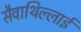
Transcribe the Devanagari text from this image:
सैवाथिल्लाई